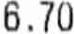
6.70